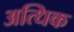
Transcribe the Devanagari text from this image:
अत्धिक